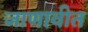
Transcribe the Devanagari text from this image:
जाणावीत